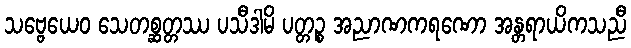
သဗ္ဗေယေဝ သေတစ္ဆတ္တဿ ပသီဒါမိ ပတ္တဉ္စ အညာဏကရဏော အန္တရာယိကသညီ